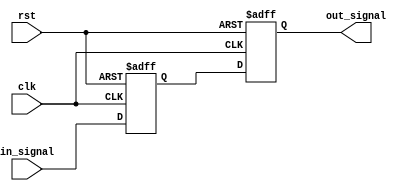
module Delay #(parameter DELAY_TIME = 10) (
    input wire clk,           // Clock signal for synchronization
    input wire rst,           // Reset signal
    input wire in_signal,     // Input signal to be delayed
    output reg out_signal     // Output signal reflecting the delayed input
);

    // Internal signal to hold the delayed value
    reg delayed_signal;

    // Process to handle the input signal and apply the delay
    always @(posedge clk or posedge rst) begin
        if (rst) begin
            out_signal <= 1'b0; // Reset output signal
            delayed_signal <= 1'b0; // Reset delayed signal
        end else begin
            // Update the delayed signal after the specified delay time
            delayed_signal <= in_signal;
            #DELAY_TIME out_signal <= delayed_signal; // Propagate after delay
        end
    end

endmodule